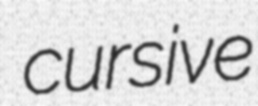
cursive